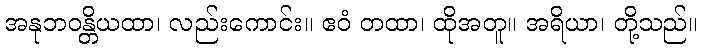
အနုဘဝန္တိယထာ၊ လည်းကောင်း။ ဧဝံ တထာ၊ ထိုအတူ။ အရိယာ၊ တို့သည်။